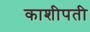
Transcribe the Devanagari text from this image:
काशीपती